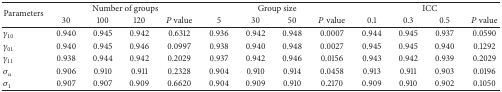
| <ROWSPAN=2> Parameters | <COLSPAN=4> Number of groups | <COLSPAN=4> Group size | <COLSPAN=4> ICC |
 | 30 | 100 | 120 | P value | 5 | 30 | 50 | P value | 0.1 | 0.3 | 0.5 | P value |
 | --- | --- | --- | --- | --- | --- | --- | --- | --- | --- | --- | --- | --- |
 | γ10 | 0.940 | 0.945 | 0.942 | 0.6312 | 0.936 | 0.942 | 0.948 | 0.0007 | 0.944 | 0.945 | 0.937 | 0.0590 |
 | γ01 | 0.940 | 0.945 | 0.946 | 0.0997 | 0.938 | 0.940 | 0.948 | 0.0027 | 0.945 | 0.945 | 0.940 | 0.1292 |
 | γ11 | 0.938 | 0.944 | 0.942 | 0.2029 | 0.937 | 0.942 | 0.946 | 0.0156 | 0.943 | 0.942 | 0.939 | 0.2029 |
 | σu | 0.906 | 0.910 | 0.911 | 0.2328 | 0.904 | 0.910 | 0.914 | 0.0458 | 0.913 | 0.911 | 0.903 | 0.0196 |
 | σ1 | 0.907 | 0.907 | 0.909 | 0.6620 | 0.904 | 0.909 | 0.910 | 0.2170 | 0.909 | 0.910 | 0.902 | 0.1050 |